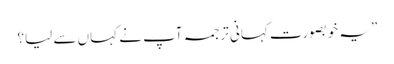
” یہ خوبصورت کہانی ترجمہ آپ نے کہاں سے لیا؟